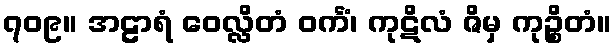
၇၀၉။ အဠာရံ ဝေလ္လိတံ ဝင်္ကံ၊ ကုဋိလံ ဇိမှ ကုဉ္စိတံ။